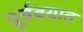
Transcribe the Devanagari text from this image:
पूर्ववयात